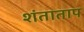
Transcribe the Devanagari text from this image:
शंताताप